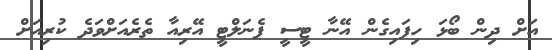
އަށް ދިން ބޯޅަ ހިފައިގެން އޭނާ ޓީސީ ޕެނަލްޓީ އޭރިއާ ތެރެއަށްވަދެ ކުރިއަށް